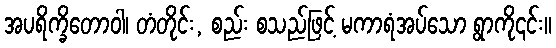
အပရိက္ခိတောဝါ၊ တံတိုင်း, စည်း စသည်ဖြင့် မကာရံအပ်သော ရွာကို၎င်း။